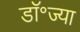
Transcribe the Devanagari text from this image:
डॉ॰ज्या